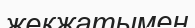
жекжатымен